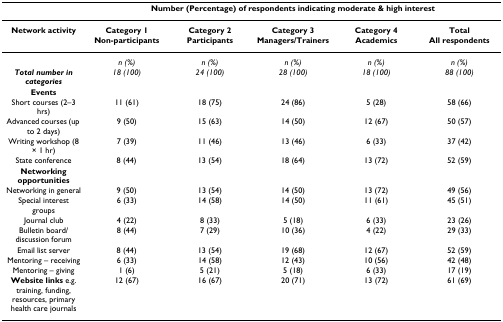
|  | <COLSPAN=5> Number (Percentage) of respondents indicating moderate & high interest |
 | --- | --- | --- | --- | --- | --- |
 | Network activity | Category 1Non-participants | Category 2Participants | Category 3Managers/Trainers | Category 4Academics | TotalAll respondents |
 |  | n (%) | n (%) | n (%) | n (%) | n (%) |
 | Total number in categories | 18 (100) | 24 (100) | 28 (100) | 18 (100) | 88 (100) |
 | Events |  |  |  |  |  |
 | Short courses (2–3 hrs) | 11 (61) | 18 (75) | 24 (86) | 5 (28) | 58 (66) |
 | Advanced courses (up to 2 days) | 9 (50) | 15 (63) | 14 (50) | 12 (67) | 50 (57) |
 | Writing workshop (8 × 1 hr) | 7 (39) | 11 (46) | 13 (46) | 6 (33) | 37 (42) |
 | State conference | 8 (44) | 13 (54) | 18 (64) | 13 (72) | 52 (59) |
 | Networking opportunities |  |  |  |  |  |
 | Networking in general | 9 (50) | 13 (54) | 14 (50) | 13 (72) | 49 (56) |
 | Special interest groups | 6 (33) | 14 (58) | 14 (50) | 11 (61) | 45 (51) |
 | Journal club | 4 (22) | 8 (33) | 5 (18) | 6 (33) | 23 (26) |
 | Bulletin board/discussion forum | 8 (44) | 7 (29) | 10 (36) | 4 (22) | 29 (33) |
 | Email list server | 8 (44) | 13 (54) | 19 (68) | 12 (67) | 52 (59) |
 | Mentoring – receiving | 6 (33) | 14 (58) | 12 (43) | 10 (56) | 42 (48) |
 | Mentoring – giving | 1 (6) | 5 (21) | 5 (18) | 6 (33) | 17 (19) |
 | Website links e.g. training, funding, resources, primary health care journals | 12 (67) | 16 (67) | 20 (71) | 13 (72) | 61 (69) |